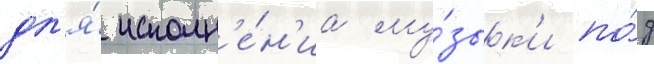
дл'я́ исполн'е́н'иа му́зык'и по́д